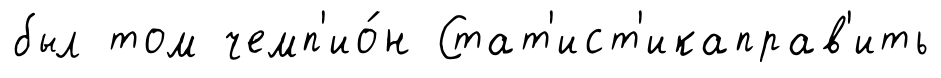
был том чемп'ио́н Стат'ист'икаправ'ить